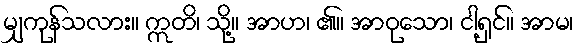
မျှကုန်သလား။ ဣတိ၊ သို့။ အာဟ၊ ၏။ အာဝုသော၊ ငါ့ရှင်။ အာမ၊